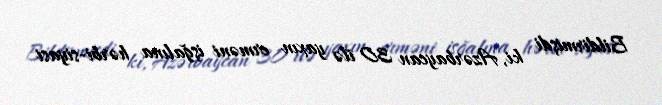
Bildirmişdi ki, Azərbaycan 30 ilə yaxın erməni işğalına hərbi-siyasi